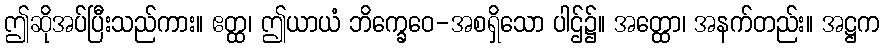
ဤဆိုအပ်ပြီးသည်ကား။ ဧတ္ထ၊ ဤယာယံ ဘိက္ခေဝေ-အစရှိသော ပါဌ်၌။ အတ္ထော၊ အနက်တည်း။ အဋ္ဌက